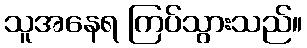
သူအနေရ ကြပ်သွားသည်။